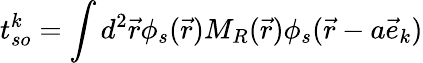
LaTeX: t_{so}^{k}=\int d^{2}\vec{r}\phi_{s}(\vec{r})M_{R}(\vec{r})\phi_{s}(\vec{r}-a\vec{e}_{k})